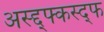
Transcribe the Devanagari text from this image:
अस्द्द्फ्कस्द्फ